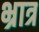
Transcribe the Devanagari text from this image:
भ्रात्र